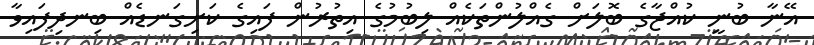
އޭނާ ބުނީ ކުއްޖާގެ ބޮލަށް ގެއްލުންތަކެއް ލިބުމުގެ އިތުރުން ފައިގެ ކަށިގަނޑެއް ބިނދިފައިވާ